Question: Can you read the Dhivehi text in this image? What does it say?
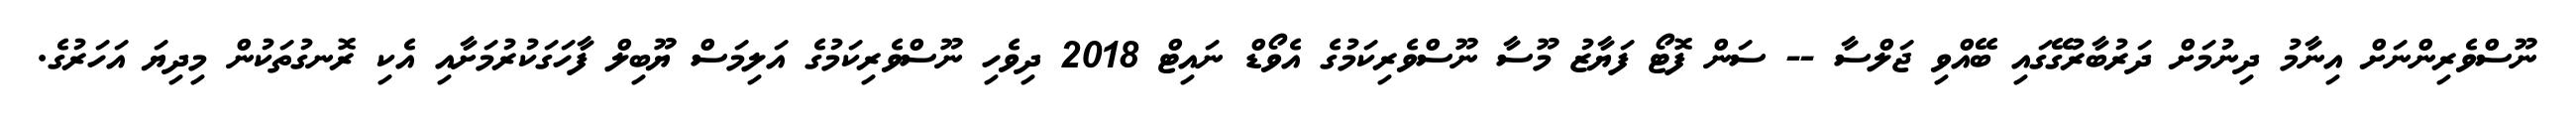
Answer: ނޫސްވެރިންނަށް އިނާމު ދިނުމަށް ދަރުބާރުގޭގައި ބޭއްވި ޖަލްސާ -- ސަން ފޮޓޯ ފަޔާޒު މޫސާ ނޫސްވެރިކަމުގެ އެވޯޑް ނައިޓް 2018 ދިވެހި ނޫސްވެރިކަމުގެ އަލިމަސް ޔޫބިލް ފާހަގަކުރުމަށާއި އެކި ރޮނގުތަކުން މިދިޔަ އަހަރުގެ.